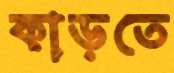
কাড়তে